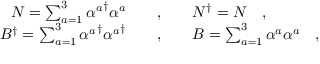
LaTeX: \begin{array} { r c l } { { N = \sum _ { a = 1 } ^ { 3 } { \alpha ^ { a } } ^ { \dagger } \alpha ^ { a } \ \ \ } } & { { , } } & { { \ \ \ N ^ { \dagger } = N \ \ \ , } } \\ { { B ^ { \dagger } = \sum _ { a = 1 } ^ { 3 } { \alpha ^ { a } } ^ { \dagger } { \alpha ^ { a } } ^ { \dagger } \ \ \ } } & { { , } } & { { \ \ \ B = \sum _ { a = 1 } ^ { 3 } \alpha ^ { a } \alpha ^ { a } \ \ \ , } } \end{array}